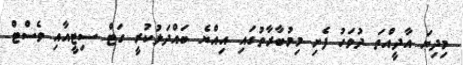
މިދިޔަ އާދީއްތަ ދުވަހު ފެށި މިމުބާރާތުގައި އިއްޔެ ބައްދަލުކުރީ ގަޓް ސިޓީއާއި ވެސްޓް